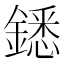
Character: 鏭